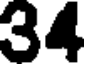
34